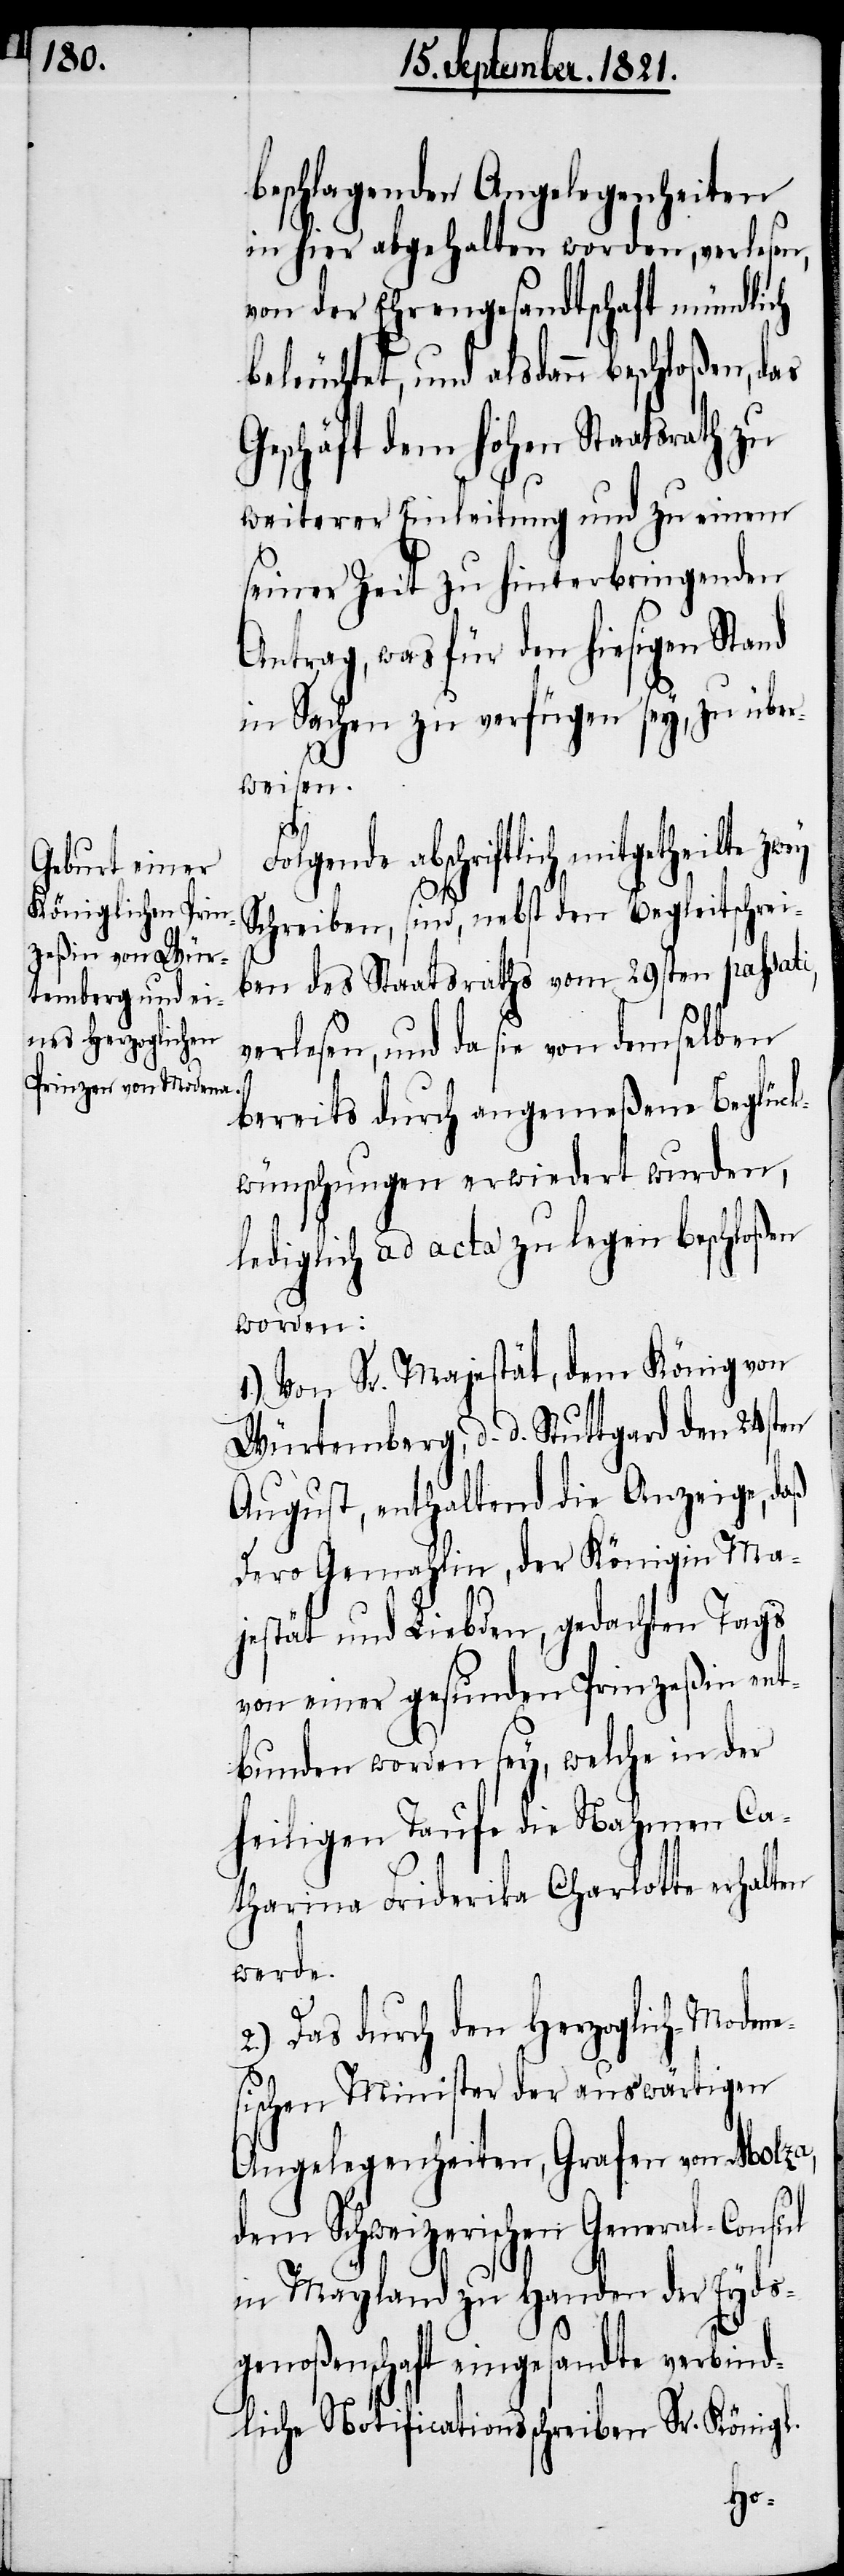
beschlagenden Angelegenheiten
in hier abgehalten worden, verlesen,
von der Ehrengesandtschaft mündlich
beleuchtet, und alsdann beschloßen, das
Geschäft dem hohen Staatsrath zu
weiterer Einleitung und zu einem
seiner Zeit zu hinterbringenden
Antrag, was für den hiesigen Stand
in Sachen zu verfügen sey, zu über¬
weisen.
abschriftlich mitgetheilte
Schreiben, sind, nebst den Begleitschrei¬
ben des Staatsraths vom 29sten passati,
erlesen, und da sie von demselben
bereits durch angemeßene Beglück¬
wünschung erwiedert wurden,
lediglich ad acta zu legen beschloßen
worden:
1.) Von Sr. Majestät, dem König von
Würtemberg, d. d. Stuttgard den 24sten
August, enthaltend die Anzeige, daß
Dero Gemahlin, der Königin Ma¬
jestät und Liebden, gedachten Tags
von einer gesunden Prinzeßin ent¬
bunden worden sey, welche in der
heiligen Taufe die Nahmen Ca¬
tharina Friederika Charlotte erhalten
werde.
2.) Das durch den Herzoglich-Modene¬
sischen Minister der auswärtigen
Angelegenheiten, Grafen von Molza,
dem Schweizerischen General-Consul
in Mayland zu Handen der Eyds¬
genoßenschaft eingesandte verbind¬
liche Notificationsschreiben Sr. Königl.
v¬